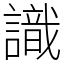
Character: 識